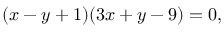
( x - y + 1 ) ( 3 x + y - 9 ) = 0 ,